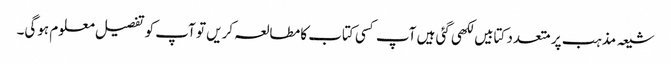
شیعہ مذہب پر متعدد کتابیں لکھی گئی ہیں آپ کسی کتاب کا مطالعہ کریں تو آپ کو تفصیل معلوم ہوگی۔